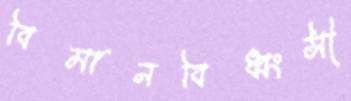
বিমানবিধ্বংসী